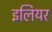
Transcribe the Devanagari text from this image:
इलियर